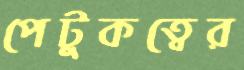
পেটুকত্বের